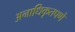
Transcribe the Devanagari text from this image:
अनाधिकृतपणे